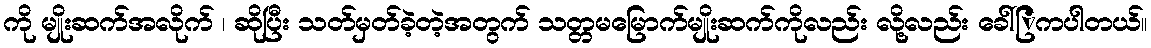
ကို မျိုးဆက်အလိုက် ၊ ဆိုပြီး သတ်မှတ်ခဲ့တဲ့အတွက် သတ္တမမြောက်မျိုးဆက်ကိုလည်း လို့လည်း ခေါ်ြကပါတယ်။